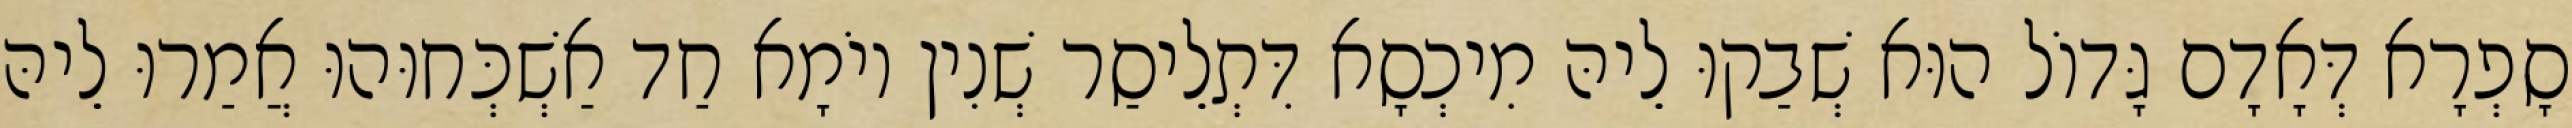
סָפְרָא דְּאָדָם גָּדוֹל הוּא שְׁבַקוּ לֵיהּ מִיכְסָא דִּתְלֵיסַר שְׁנִין יוֹמָא חַד אַשְׁכְּחוּהוּ אֲמַרוּ לֵיהּ